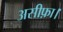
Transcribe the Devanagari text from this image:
असीफ़ा।